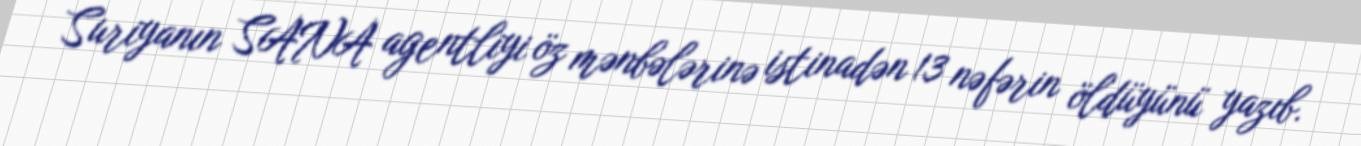
Suriyanın SANA agentliyi öz mənbələrinə istinadən 13 nəfərin öldüyünü yazıb.